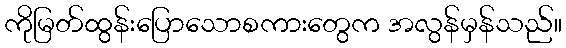
ကိုမြတ်ထွန်းပြောသောစကားတွေက အလွန်မှန်သည်။